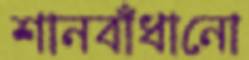
শানবাঁধানো